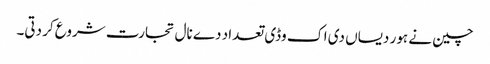
چین نے ہور دیساں دی اک وڈی تعداد دے نال تجارت شروع کر دتی۔